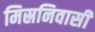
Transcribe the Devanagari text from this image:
मिस्रनिवासी